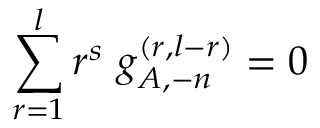
\sum _ { r = 1 } ^ { l } r ^ { s } ~ g _ { A , - n } ^ { ( r , l - r ) } = 0